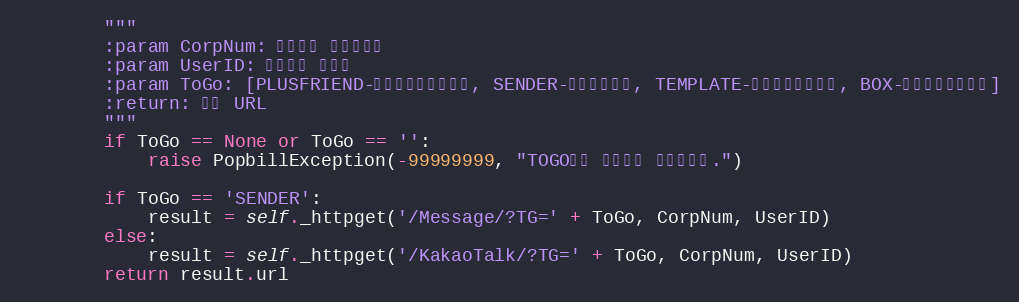
Language: Python
        """
        :param CorpNum: 팝빌회원 사업자번호
        :param UserID: 팝빌회원 아이디
        :param ToGo: [PLUSFRIEND-플러스친구계정관리, SENDER-발신번호관리, TEMPLATE-알림톡템플릿관리, BOX-카카오톡전송내용]
        :return: 팝빌 URL
        """
        if ToGo == None or ToGo == '':
            raise PopbillException(-99999999, "TOGO값이 입력되지 않았습니다.")

        if ToGo == 'SENDER':
            result = self._httpget('/Message/?TG=' + ToGo, CorpNum, UserID)
        else:
            result = self._httpget('/KakaoTalk/?TG=' + ToGo, CorpNum, UserID)
        return result.url